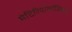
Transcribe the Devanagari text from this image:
मेटिरियोलॉजिकल